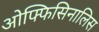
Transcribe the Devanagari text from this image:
ओफ्फिसिनालिस